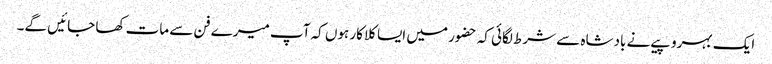
ایک بہروپیے نے بادشاہ سے شرط لگائی کہ حضور میں ایسا کلاکار ہوں کہ آپ میرے فن سے مات کھا جائیں گے۔